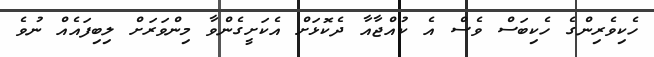
ހެކިވެރިންގެ ހެކިބަސް ވެސް އެ ކުއްޖާއާ ދެކޮޅަށް އެކަށީގެންވާ މިންވަރަށް ލިބިފައެއް ނުވެ